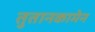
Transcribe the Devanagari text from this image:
तुतानकामेन